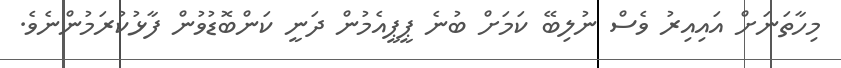
މިހާތަނަށް އައިއިރު ވެސް ނުލިބޭ ކަމަށް ބުނެ ޕީޕީއެމުން ދަނީ ކަންބޮޑުވުން ފާޅުކުރަމުންނެވެ.